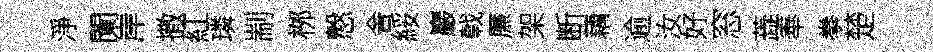
淨闌岸撒紅璘剬桞慤舎綏巖戟㢘架断藕逾汝好窓蕋奉拳楚